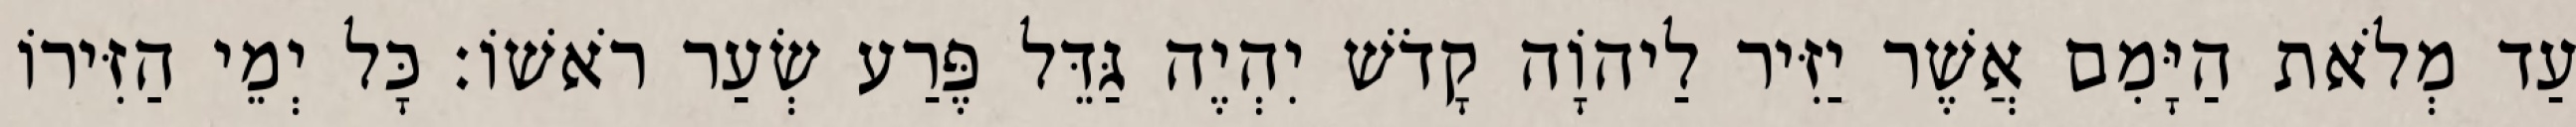
עַד מְלֹאת הַיָּמִם אֲשֶׁר יַזִּיר לַיהוָֹה קָדֹשׁ יִהְיֶה גַּדֵּל פֶּרַע שְׂעַר רֹאשׁוֹ׃ כָּל יְמֵי הַזִּירוֹ